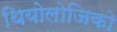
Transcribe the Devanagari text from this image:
थियोलोजिको